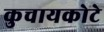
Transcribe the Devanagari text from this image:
कुचायकोटे